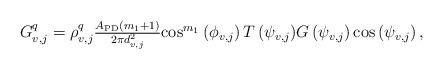
LaTeX: \begin{align*}\begin{array}{*{20}{l}}{{G_{v,j}^q} = \rho_{v,j}^q\frac{{{A_{{\rm{PD}}}}\left( {m_1 + 1} \right)}}{{2\pi d_{v,j}^2}}{\cos ^{m_1}}\left( {{\phi _{v,j}}} \right)T\left( {{\psi _{v,j}}} \right)}{G\left( {{\psi _{v,j}}} \right) {\cos }\left( {{\psi _{v,j}}} \right),}\end{array}\end{align*}